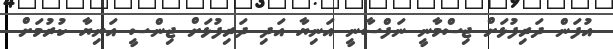
އުފަން ދަރިފުޅަށް ޖިސްމާނީ ނަފްސާނީ އަނިޔާ އަދި ދަރިފުޅަށް ޖިންސީ އަނިޔާ ކުރުމަށް